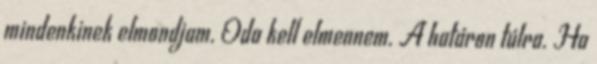
mindenkinek elmondjam. Oda kell elmennem. A határon túlra. Ha